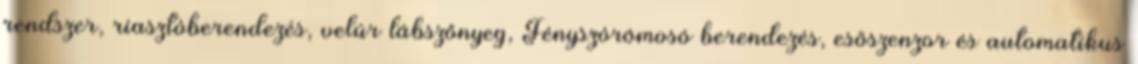
rendszer, riasztóberendezés, velúr lábszőnyeg, Fényszórómosó berendezés, esőszenzor és automatikus